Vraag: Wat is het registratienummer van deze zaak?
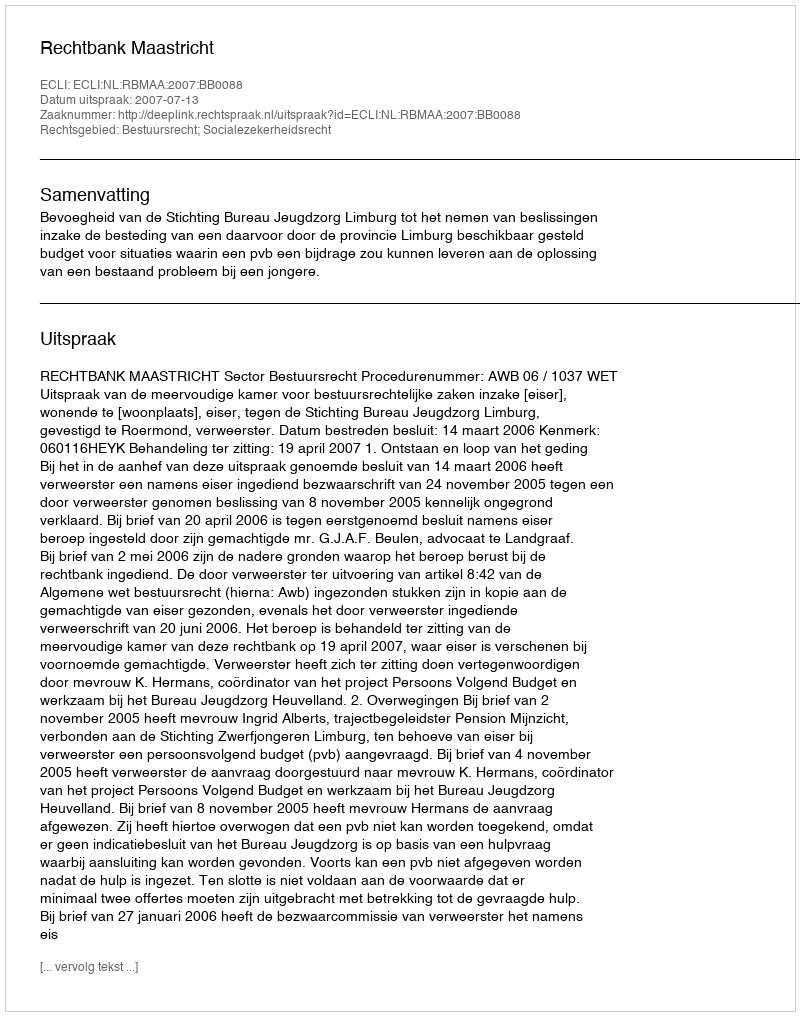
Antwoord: http://deeplink.rechtspraak.nl/uitspraak?id=ECLI:NL:RBMAA:2007:BB0088